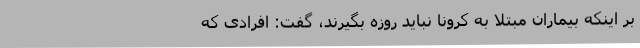
بر اینکه بیماران مبتلا به کرونا نباید روزه بگیرند، گفت: افرادی که